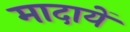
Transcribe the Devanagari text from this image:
मादायें